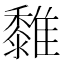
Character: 𩁄